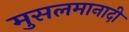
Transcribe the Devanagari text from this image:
मुसलमानादी